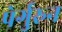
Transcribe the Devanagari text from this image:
पेर्गुरुन